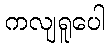
ကလျရူပေါ